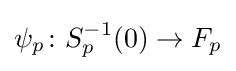
\psi _{p}\colon S_{p}^{-1}(0)\to F_{p}